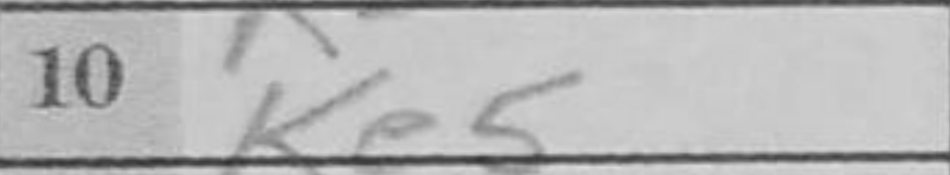
Transcription: Ke5